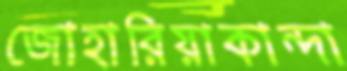
জোহারিয়াকান্দা